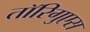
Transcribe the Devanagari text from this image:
तॉरिगुएस